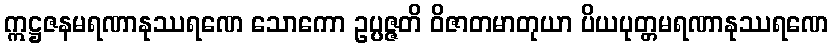
ဣဋ္ဌဇနမရဏာနုဿရဏေ သောကော ဥပ္ပဇ္ဇတိ ဝိဇာတမာတုယာ ပိယပုတ္တမရဏာနုဿရဏေ